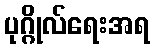
ပုဂ္ဂိုလ်ရေးအရ